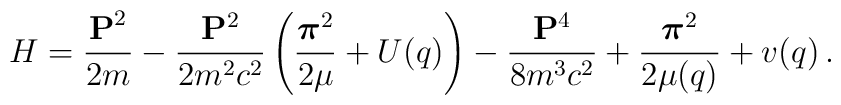
H = \frac{{\bf P}^2}{2m} - \frac{{\bf P}^2}{2m^2c^2}\left(\frac{{\mbox{\boldmath$\pi$}}^2}{2\mu} + U(q)\right)- \frac{{\bf P}^4}{8m^3c^2} + \frac{{\mbox{\boldmath$\pi$}}^2}{2\mu(q)}+ v(q)\,.